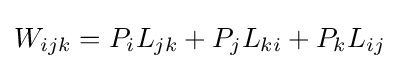
W_{ijk}=P_{i}L_{jk}+P_{j}L_{ki}+P_{k}L_{ij}~